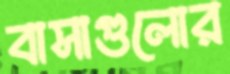
বাসাগুলোর